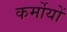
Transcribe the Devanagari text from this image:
कर्मोयों